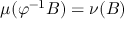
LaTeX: \mu ( \varphi ^ { - 1 } B ) = \nu ( B )